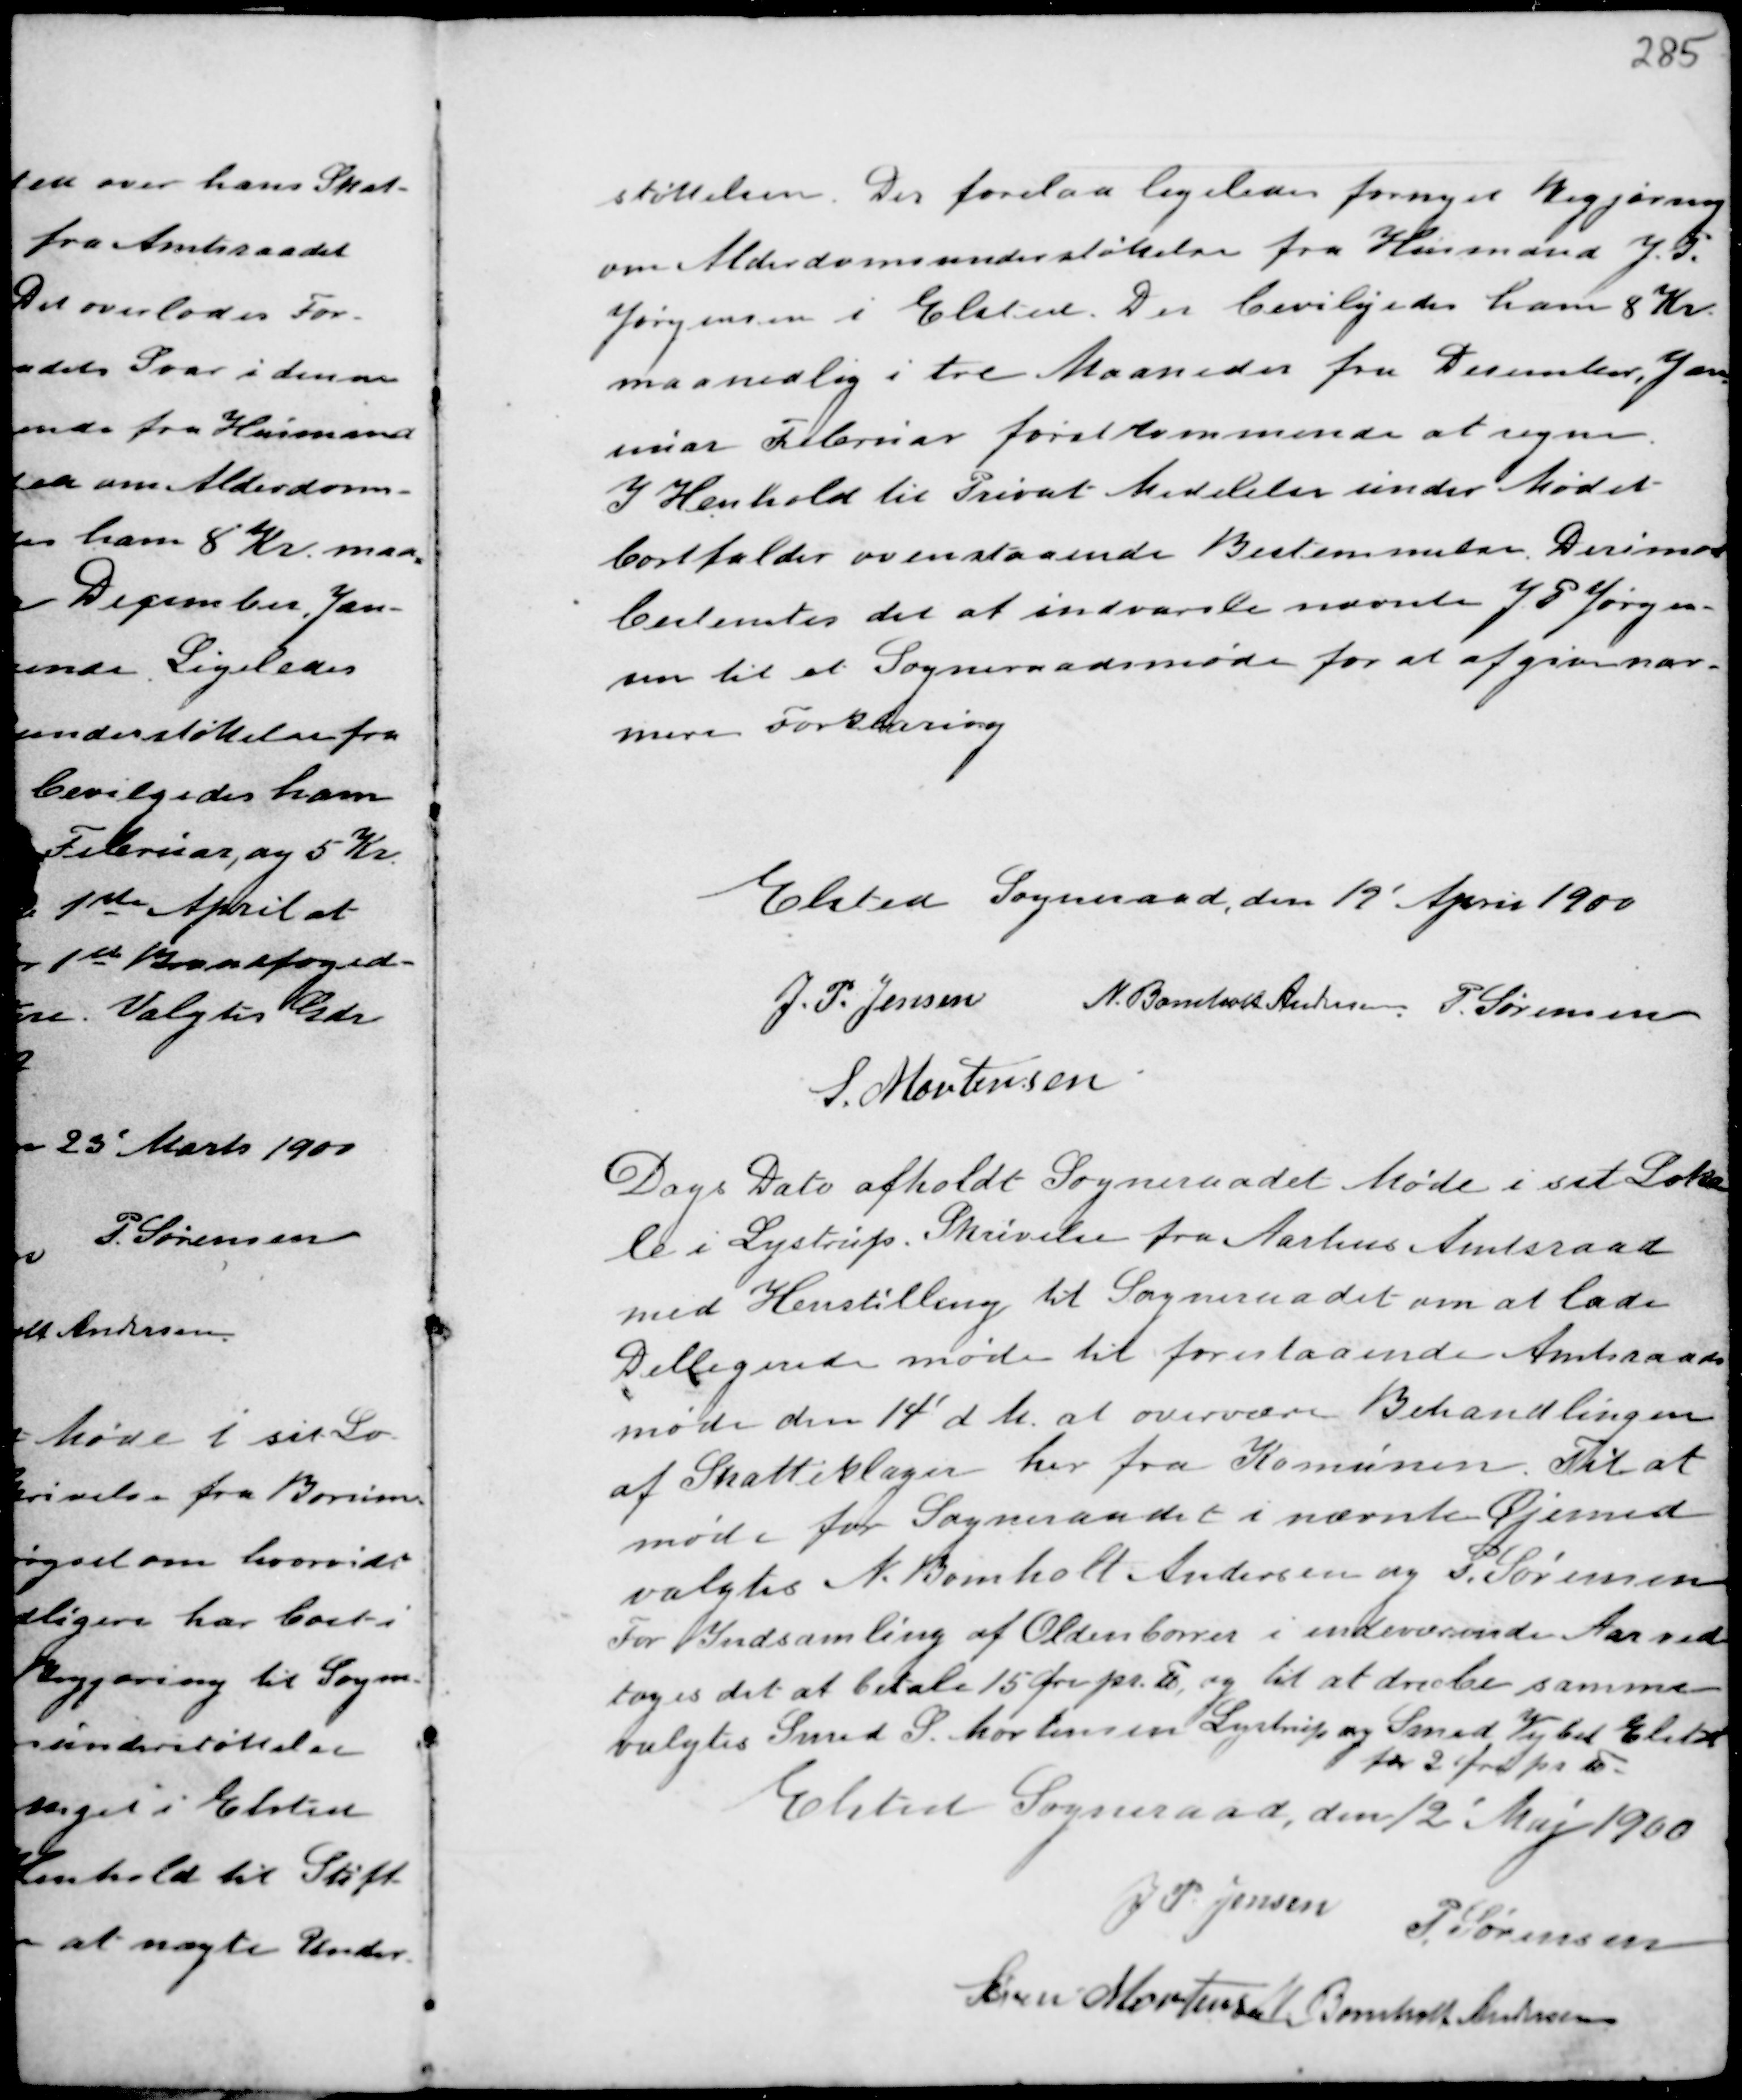
Transskription:
støttelsen. Der forelaa ligeledes fornyet Begjæring
om Alderdomsunderstøttelse fra Husmand J. P.
Jørgensen i Elsted. Der bevilgedes ham 8 Kr.
maanedlig i tre Maaneder fra December, Jan-
nuar Februar førstkommende at regne.
I Henhold til Privat Medelelse under Mødet
bortfalder ovenstaaende Bestemmelse. Derimod
bestemtes det at indvarsle nævnte J P Jørgen-
sen til et Sogneraadsmøde for at afgive nær-
mere Forklaring

Elsted Sogneraad, den 12' April 1900
J. P. Jensen N. Bomholt Andersen P. Sørensen
S. Mortensen

Dags Dato afholdt Sogneraadet Møde i sit Loka
le i Lystrup. Skrivelse fra Aarhus Amtsraad
med Henstilling til Sogneraadet om at lade
Delligerede møde til forestaaende Amtsraads
møde den 14' d.M. at overvære Behandlingen
af Skatteklager her fra Komunen. Til at
møde for Sogneraadet i nævnte Øjemed
valgtes N. Bomholt Andersen og P. Sørensen
For Indsamling af Oldenborrer i indeværende Aar ved-
toges det at betale 15 Øre pr. Td, og til at dræbe samme
valgtes Smed S. Mortensen Lystrup og Smed Wejbel Elsted
for 2 Øre pr Td.
Elsted Sogneraad, den 12' Maj 1900
J P Jensen P. Sørensen
Søren Mortensen N. Bomholt Andersen